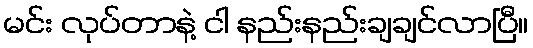
မင်း လုပ်တာနဲ့ ငါ နည်းနည်းချချင်လာပြီ။